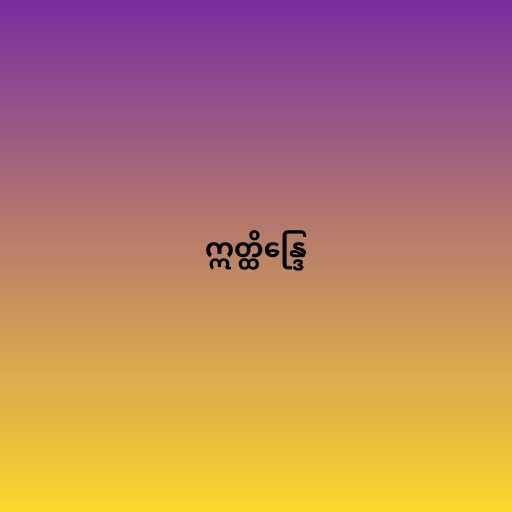
ဣတ္ထိန္ဒြေ